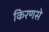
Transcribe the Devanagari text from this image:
किरणसे